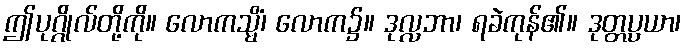
ဤပုဂ္ဂိုလ်တို့ကို။ လောကသ္မိံ၊ လောက၌။ ဒုလ္လဘာ၊ ရခဲကုန်၏။ ဒုတ္တပ္ပယာ၊